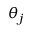
\theta _ { j }